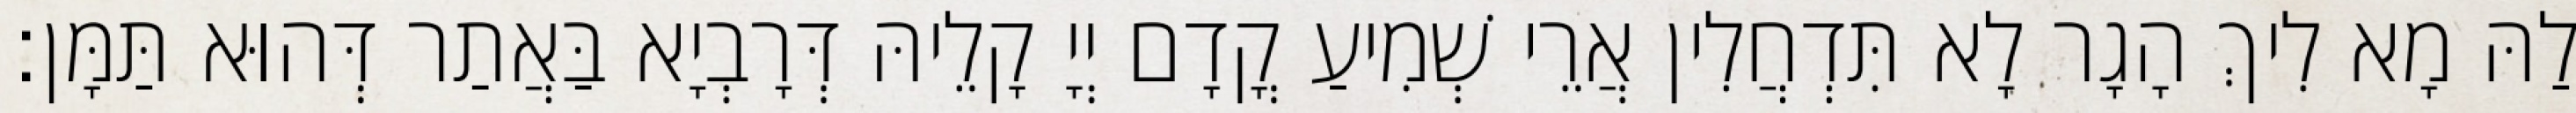
לַהּ מָא לִיךְ הָגָר לָא תִּדְחֲלִין אֲרֵי שְׁמִיעַ קֳדָם יְיָ קָלֵיהּ דְּרָבְיָא בַּאֲתַר דְּהוּא תַּמָּן׃